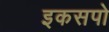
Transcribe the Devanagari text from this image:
इकसपो